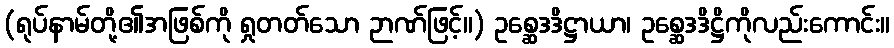
(ရုပ်နာမ်တို့၏အဖြစ်ကို ရှုတတ်သော ဉာဏ်ဖြင့်။) ဥစ္ဆေဒဒိဋ္ဌာယာ၊ ဥစ္ဆေဒဒိဋ္ဌိကိုလည်းကောင်း။